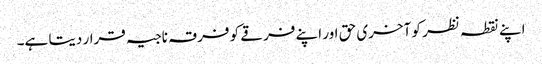
اپنے نقطہ نظر کو آخری حق اور اپنے فرقے کو فرقہ ناجیہ قرار دیتا ہے۔